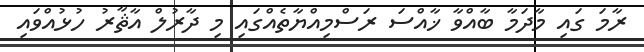
ރާމަ ގައި މާދަމާ ބާއްވާ ޚާއްސަ ރަސްމިއްޔާތެއްގައި މި ދާރުލް އާޘާރު ހުޅުއްވައި